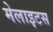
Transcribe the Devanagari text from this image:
मेलाइटस